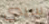
سيدي